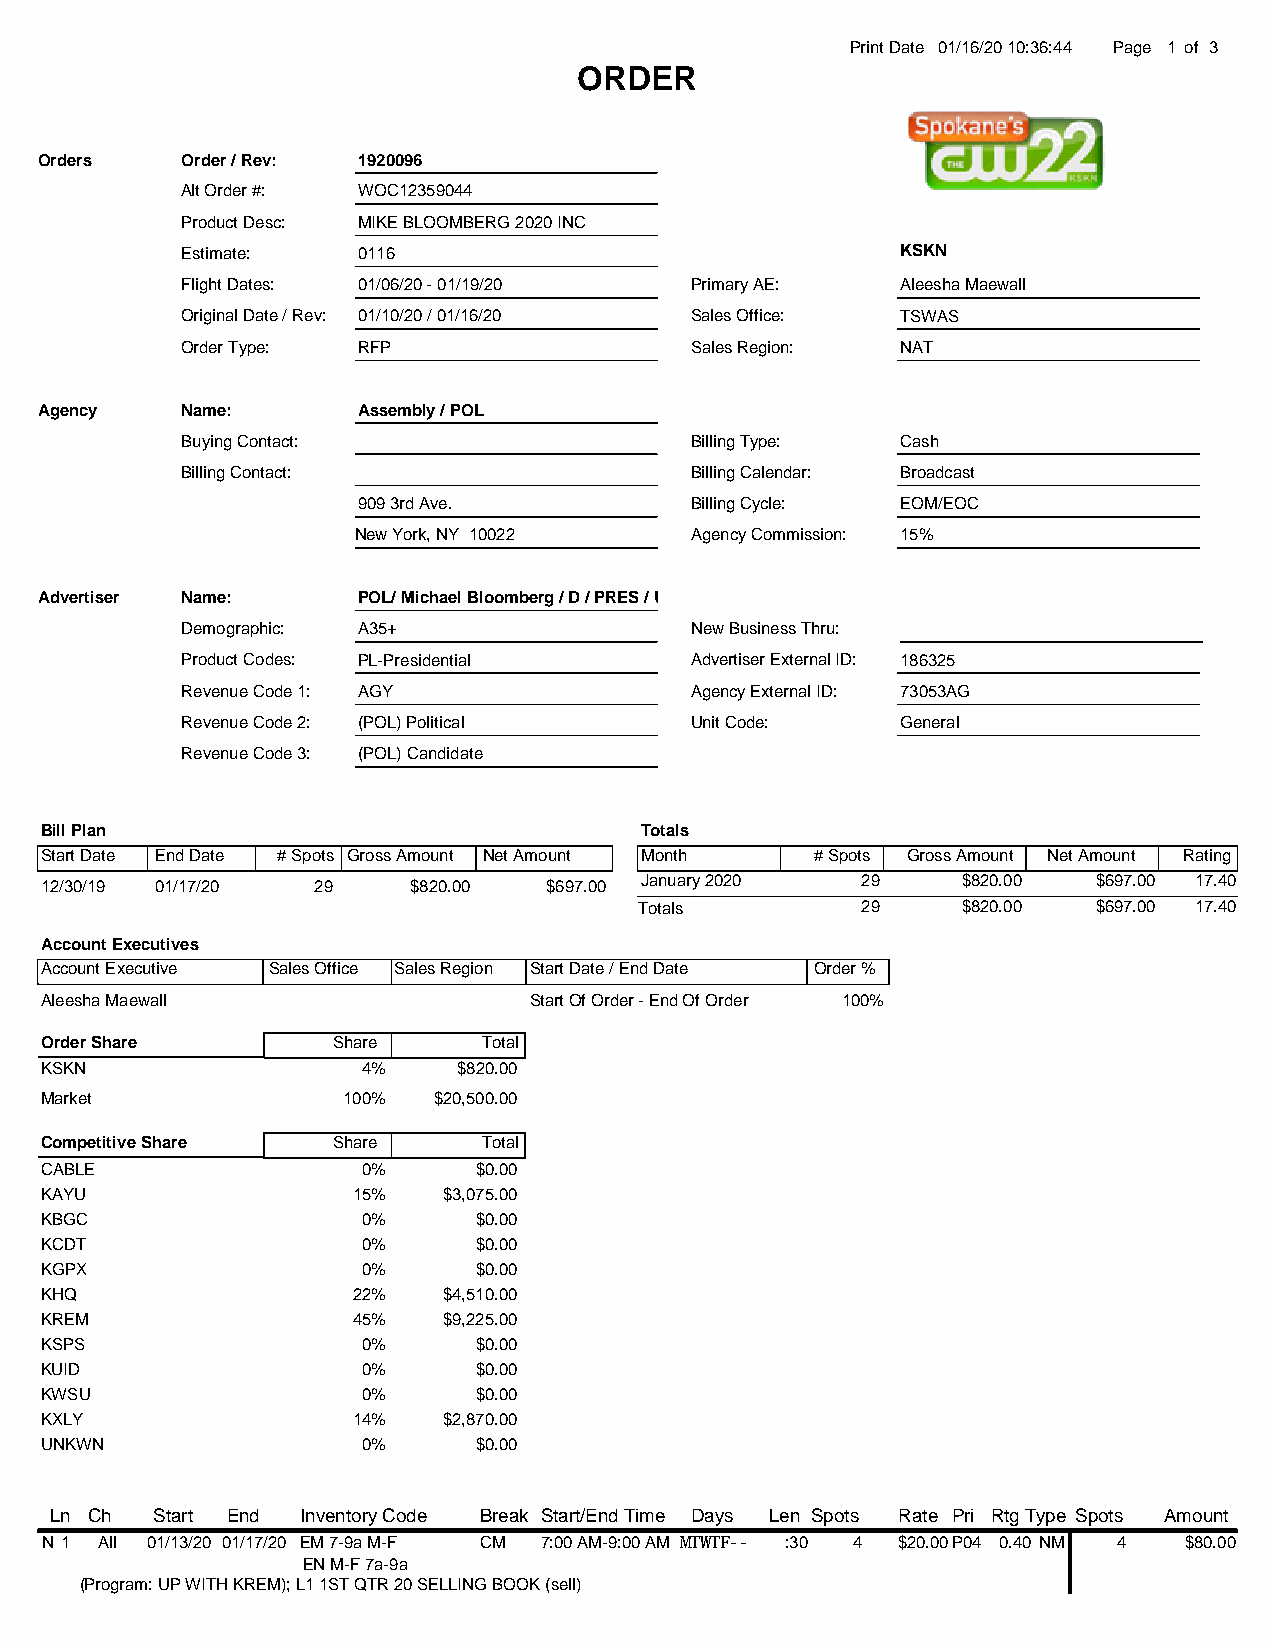
Print Date 01/16/20 10:36:44 Page 1 of 3
 ORDER
 Orders    Order / Rev: 1920096
 Alt Order #: WOC12359044
 Product Desc: MIKE BLOOMBERG 2020 INC
 Estimate:   0116                                KSKN
 Flight Dates: 01/06/20 - 01/19/20 Primary AE:   Aleesha Maewall
 Original Date / Rev: 01/10/20 / 01/16/20 Sales Office: TSWAS
 Order Type: RFP                   Sales Region: NAT
 Agency    Name:       Assembly / POL
 Buying Contact:                   Billing Type: Cash
 Billing Contact:                  Billing Calendar: Broadcast
 909 3rd Ave.          Billing Cycle: EOM/EOC
 New York, NY 10022     Agency Commission: 15%
 Advertiser Name:      POL/ Michael Bloomberg / D / PRES / US
 Demographic: A35+                 New Business Thru:
 Product Codes: PL-Presidential    Advertiser External ID: 186325
 Revenue Code 1: AGY               Agency External ID: 73053AG
 Revenue Code 2: (POL) Political   Unit Code:    General
 Revenue Code 3: (POL) Candidate
 Bill Plan                              Totals
 Start Date End Date # Spots Gross Amount Net Amount Month # Spots Gross Amount Net Amount Rating
 12/30/19 01/17/20 29    $820.00  $697.00 January 2020 29     $820.00  $697.00 17.40
 Totals         29     $820.00  $697.00 17.40
 Account Executives
 Account Executive Sales Office Sales Region Start Date / End Date Order %
 Aleesha Maewall                 Start Of Order - End Of Order 100%
 Order Share        Share     Total
 KSKN                 4%    $820.00
 Market              100%  $20,500.00
 Competitive Share  Share     Total
 CABLE                0%     $0.00
 KAYU                15%   $3,075.00
 KBGC                 0%     $0.00
 KCDT                 0%     $0.00
 KGPX                 0%     $0.00
 KHQ                 22%   $4,510.00
 KREM                45%   $9,225.00
 KSPS                 0%     $0.00
 KUID                 0%     $0.00
 KWSU                 0%     $0.00
 KXLY                14%   $2,870.00
 UNKWN                0%     $0.00
 Ln Ch  Start End Inventory Code Break Start/End Time Days Len Spots Rate Pri RtgType Spots Amount
 N 1 All 01/13/20 01/17/20 EM 7-9a M-F CM 7:00 AM-9:00 AM MTWTF-- :30 4 $20.00P04 0.40 NM 4 $80.00
 EN M-F 7a-9a
 (Program: UP WITH KREM); L1 1ST QTR 20 SELLING BOOK (sell)